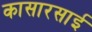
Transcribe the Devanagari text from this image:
कासारसाई